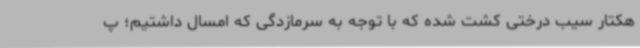
هکتار سیب درختی کشت شده که با توجه به سرمازدگی که امسال داشتیم؛ پ